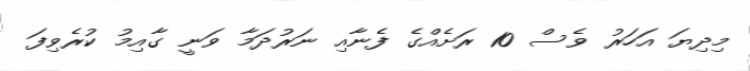
މިދިޔަ އަހަރު ވެސް 10 ރަށެއްގެ ފެނާއި ނަރުދަމާ ވަނީ ގާއިމު ކުރެވިފަ